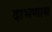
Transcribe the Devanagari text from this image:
दाभणास